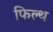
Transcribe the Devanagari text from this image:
फिल्थ